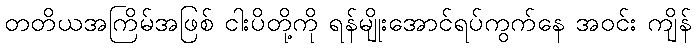
တတိယအကြိမ်အဖြစ် ငါးပိတို့ကို ရန်မျိုးအောင်ရပ်ကွက်နေ အဝင်း ကျိန်